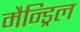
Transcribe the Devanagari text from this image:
मैन्ड्रिल